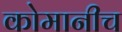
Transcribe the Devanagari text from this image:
कोमानीच